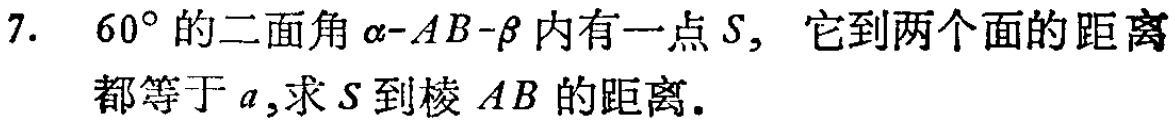
7. $60^{\circ}$的二面角$\alpha -AB-\beta$内有一点$S$，它到两个面的距离都等于$a$,求$S$到棱$AB$的距离.